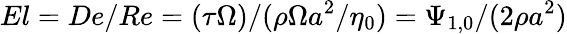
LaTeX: El=De/Re=(\tau\Omega)/(\rho\Omega{a}^{2}/\eta_{0})=\Psi_{1,0}/(2\rho{a}^{2})